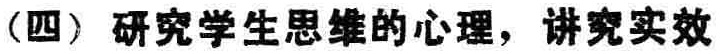
（四）研究学生思维的心理，讲究实效